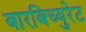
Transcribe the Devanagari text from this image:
बारबिच्युरेट